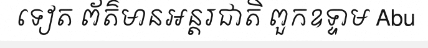
ទៀត ព័ត៌មានអន្តរជាតិ ពួកឧទ្ទាម Abu